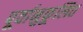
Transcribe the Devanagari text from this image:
पूर्वानुकूलित